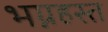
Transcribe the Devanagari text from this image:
भग्नहस्त